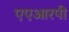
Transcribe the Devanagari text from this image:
एएआरपी